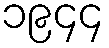
၁၉၄၄